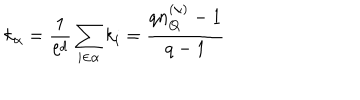
LaTeX: k _ { \alpha } = \frac { 1 } { \ell ^ { d } } \sum _ { i \in \alpha } k _ { i } = \frac { q n _ { Q } ^ { ( \alpha ) } - 1 } { q - 1 }